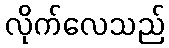
လိုက်လေသည်